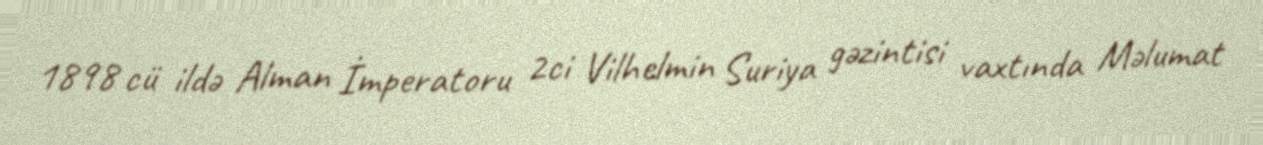
1898 cü ildə Alman İmperatoru 2ci Vilhelmin Suriya gəzintisi vaxtında Məlumat